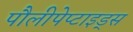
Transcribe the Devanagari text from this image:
पौलीपेप्टाइड्स